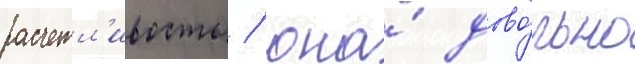
расчетл'ивость / она́ дово́льно